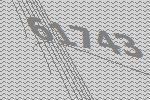
61743